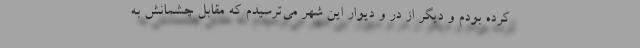
کرده بودم و دیگر از در و دیوار این شهر می‌ترسیدم که مقابل چشمانش به